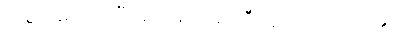
ခြေလှမ်းကျဲကြီးများဖြင့် ရဲရဲကြီး လျှောက်လာ၏။